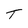
Character: T